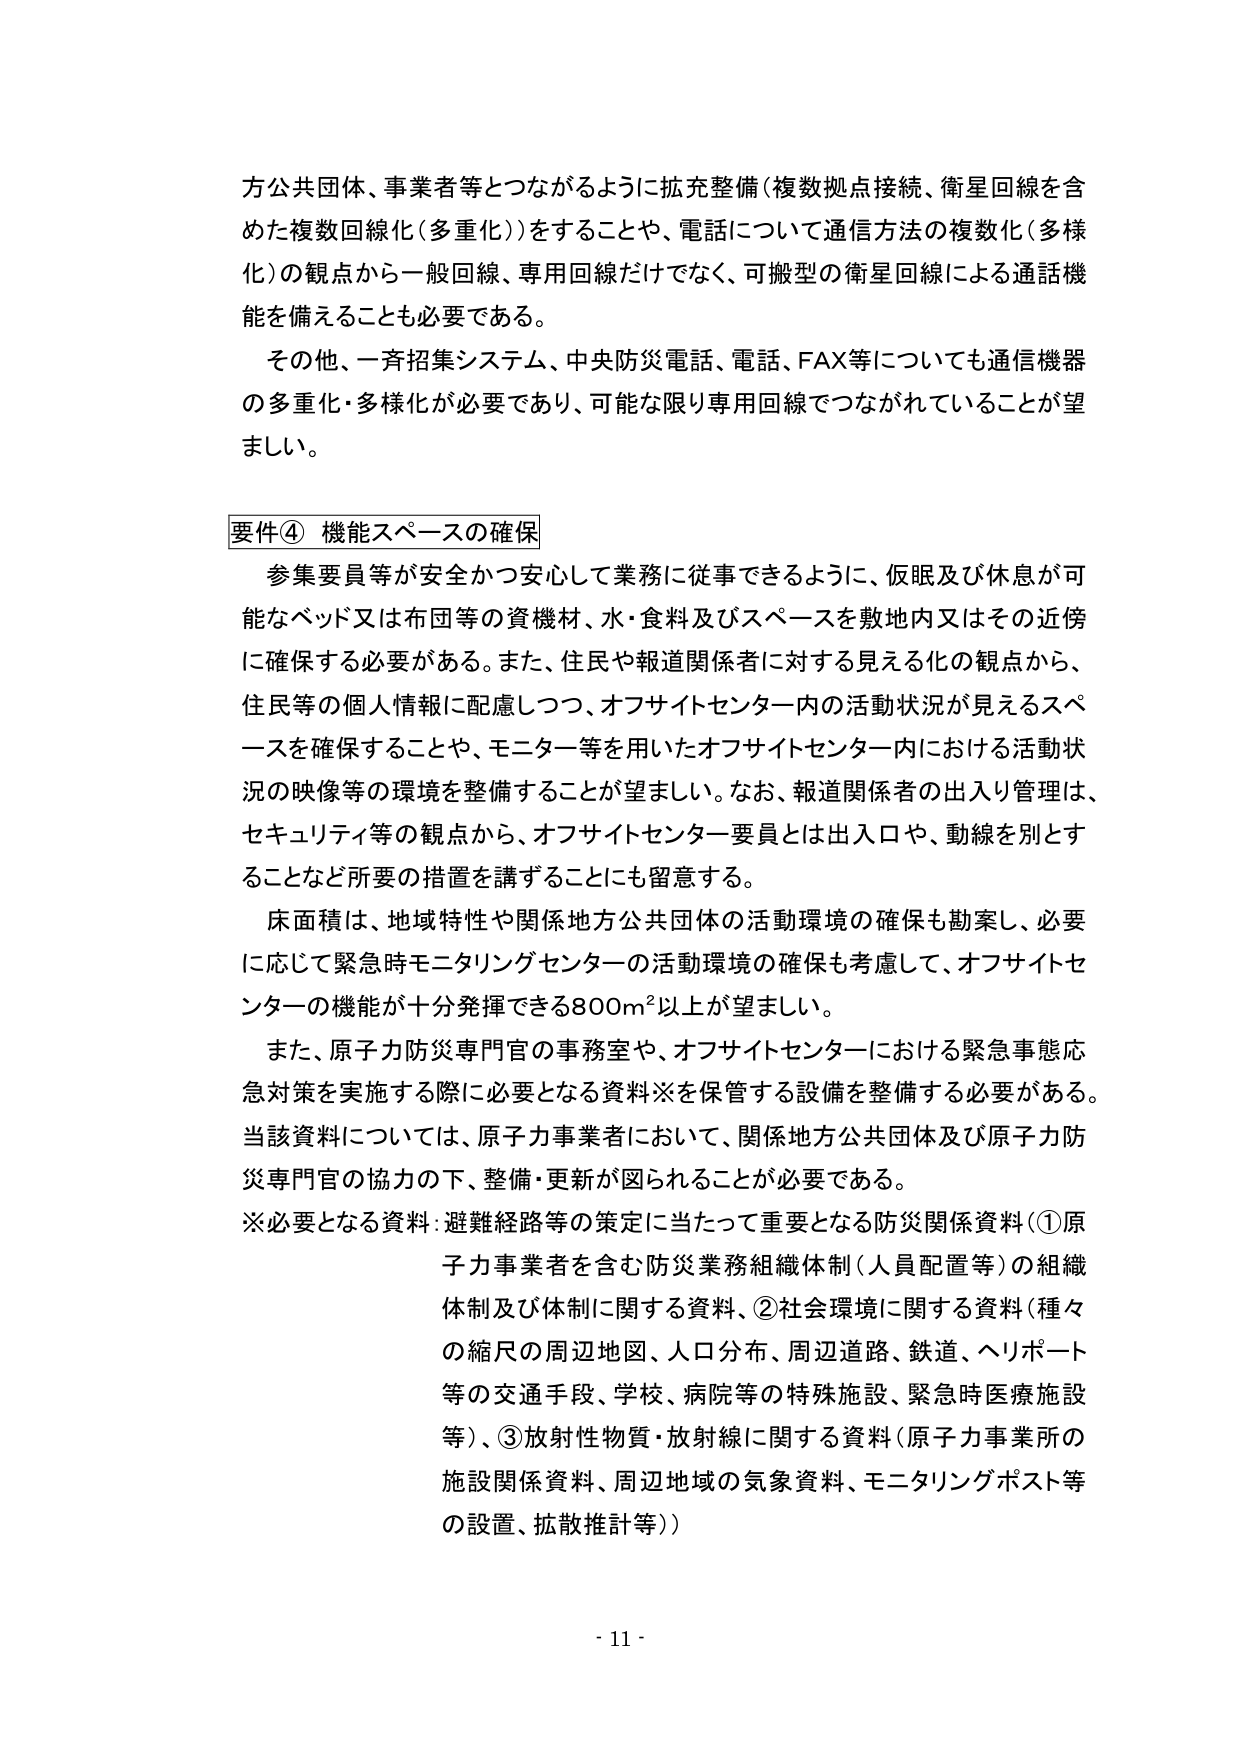
方公共団体、事業者等とつながるように拡充整備（複数拠点接続、衛星回線を含めた複数回線化（多重化））をすることや、電話について通信方法の複数化（多様化）の観点から一般回線、専用回線だけでなく、可搬型の衛星回線による通話機能を備えることも必要である。

その他、一斉招集システム、中央防災電話、電話、FAX等についても通信機器の多重化・多様化が必要であり、可能な限り専用回線でつながれていることが望ましい。

要件④ 機能スペースの確保

参集要員等が安全かつ安心して業務に従事できるように、仮眠及び休息が可能なベッド又は布団等の資機材、水・食料及びスペースを敷地内又はその近傍に確保する必要がある。また、住民や報道関係者に対する見える化の観点から、住民等の個人情報に配慮しつつ、オフサイトセンター内の活動状況が見えるスペースを確保することや、モニター等を用いたオフサイトセンター内における活動状況の映像等の環境を整備することが望ましい。なお、報道関係者の出入り管理は、セキュリティ等の観点から、オフサイトセンター要員とは出入口や、動線を別とすることなど所要の措置を講ずることにも留意する。

床面積は、地域特性や関係地方公共団体の活動環境の確保も勘案し、必要に応じて緊急時モニタリングセンターの活動環境の確保も考慮して、オフサイトセンターの機能が十分発揮できる800m²以上が望ましい。

また、原子力防災専門官の事務室や、オフサイトセンターにおける緊急事態応急対策を実施する際に必要となる資料※を保管する設備を整備する必要がある。当該資料については、原子力事業者において、関係地方公共団体及び原子力防災専門官の協力の下、整備・更新が図られることが必要である。

※必要となる資料：避難経路等の策定に当たって重要となる防災関係資料（①原子力事業者を含む防災業務組織体制（人員配置等）の組織体制及び体制に関する資料、②社会環境に関する資料（種々の縮尺の周辺地図、人口分布、周辺道路、鉄道、ヘリポート等の交通手段、学校、病院等の特殊施設、緊急時医療施設等）、③放射性物質・放射線に関する資料（原子力事業所の施設関係資料、周辺地域の気象資料、モニタリングポスト等の設置、拡散推計等））

- 11 -